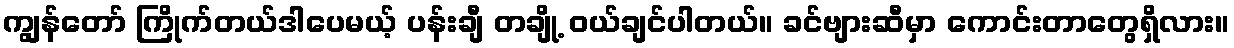
ကျွန်တော် ကြိုက်တယ်ဒါပေမယ့် ပန်းချီ တချို့ ဝယ်ချင်ပါတယ်။ ခင်ဗျားဆီမှာ ကောင်းတာတွေရှိလား။